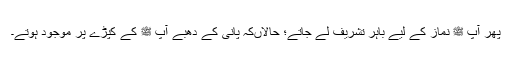
پھر آپ ﷺ نماز کے لیے باہر تشریف لے جاتے؛ حالاںکہ پانی کے دھبے آپ ﷺ کے کپڑے پر موجود ہوتے۔